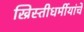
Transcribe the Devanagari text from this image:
ख्रिस्तीधर्मीयांचे